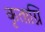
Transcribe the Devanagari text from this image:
कृताग्नि